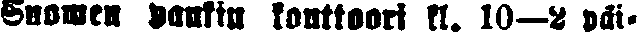
Suomen pankin konttoori kl. 10-2 päi-